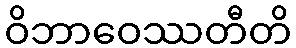
ဝိဘာဝေဿတီတိ